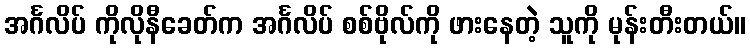
အင်္ဂလိပ် ကိုလိုနီခေတ်က အင်္ဂလိပ် စစ်ဗိုလ်ကို ဖားနေတဲ့ သူကို မုန်းတီးတယ်။